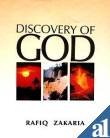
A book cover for Discovery of God; Rafiq Zakaria; Religion & Spirituality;